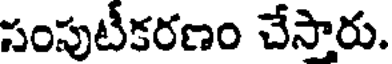
సంపుటీకరణం చేసారు.